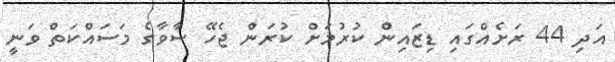
އަދި 44 ރަށެއްގައި ޑިޒައިން ކުރުމަށް ކުރަން ޖެހޭ ސާވާގެ މަސައްކަތް ވަނީ